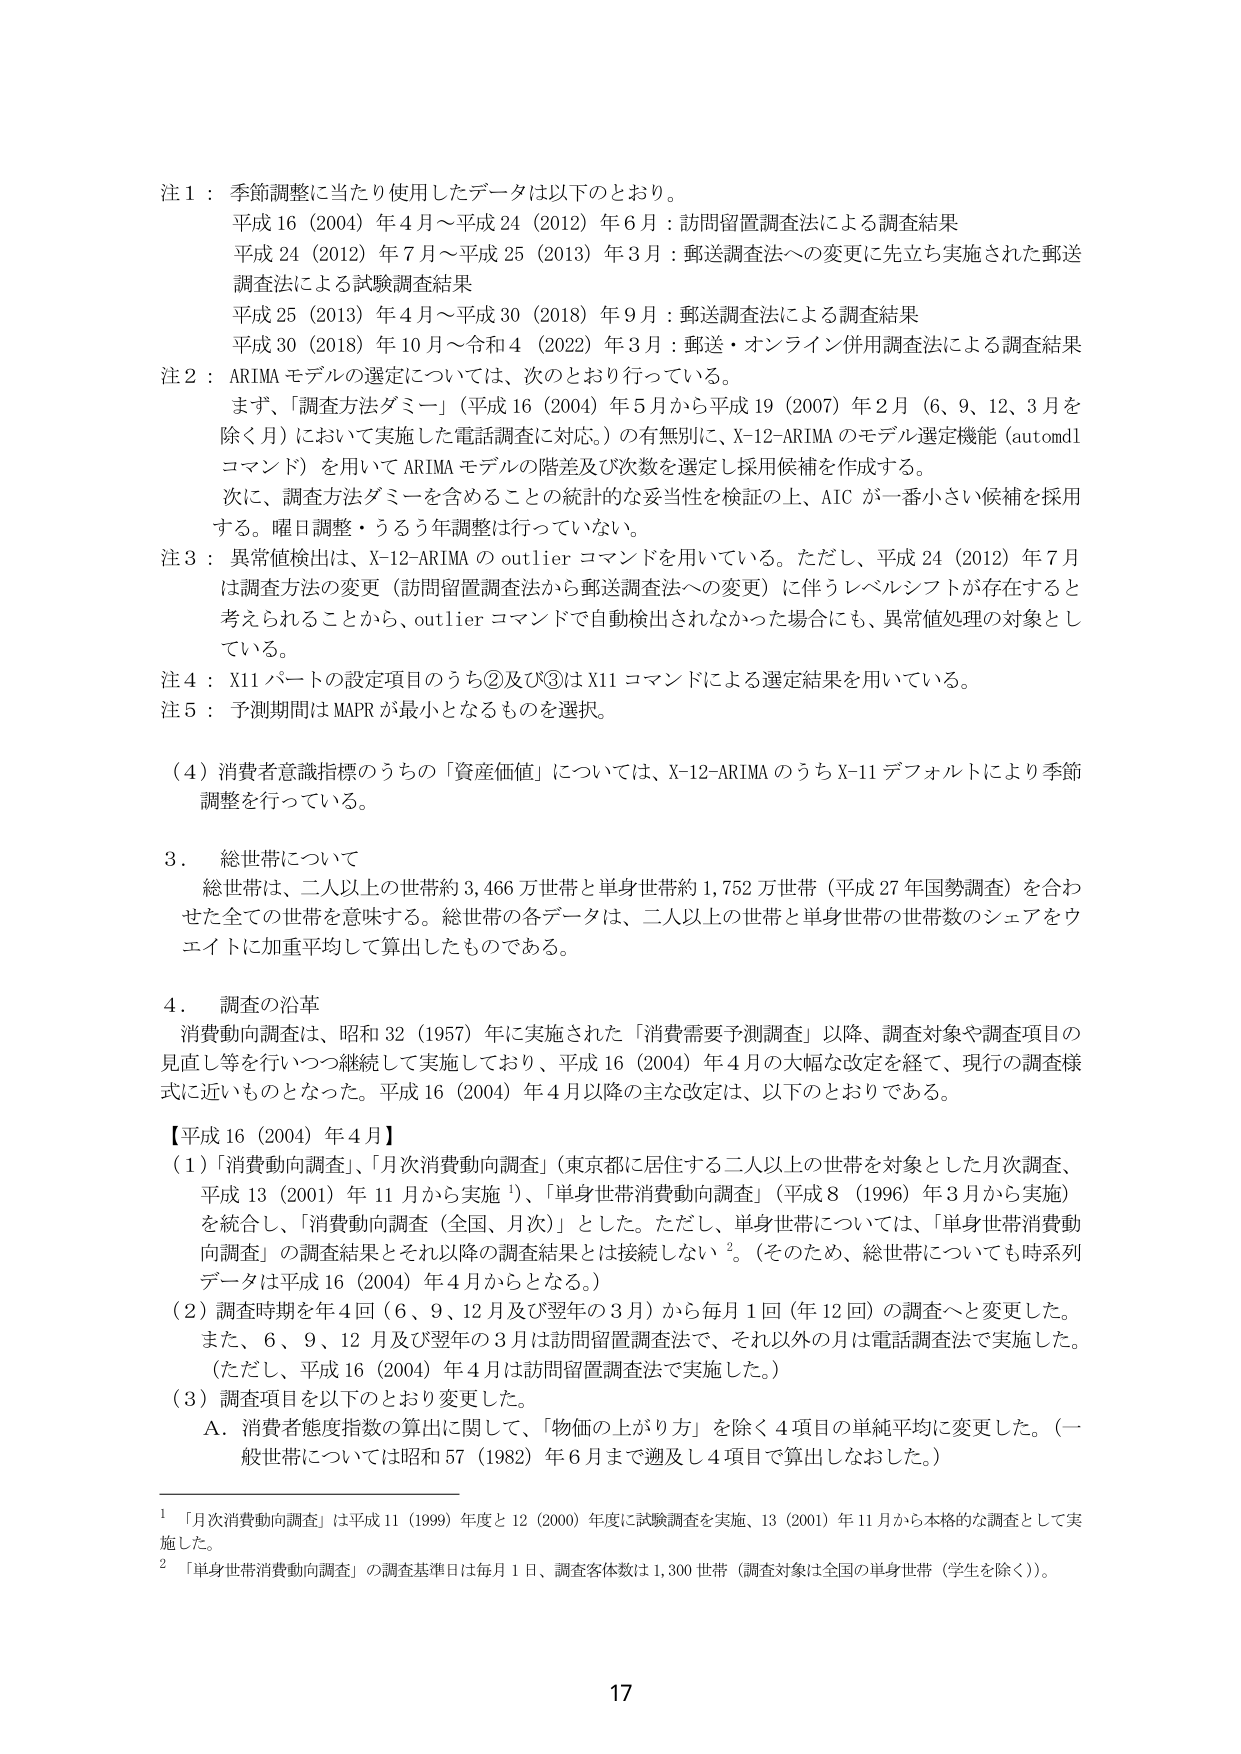
注１：季節調整に当たり使用したデータは以下のとおり。
平成16（2004）年4月～平成24（2012）年6月：訪問留置調査法による調査結果
平成24（2012）年7月～平成25（2013）年3月：郵送調査法への変更に先立ち実施された郵送調査法による試験調査結果
平成25（2013）年4月～平成30（2018）年9月：郵送調査法による調査結果
平成30（2018）年10月～令和4（2022）年3月：郵送・オンライン併用調査法による調査結果

注２：ARIMAモデルの選定については、次のとおり行っている。
まず、「調査方法ダミー」（平成16（2004）年5月から平成19（2007）年2月（6、9、12、3月を除く月）において実施した電話調査に対応。）の有無別に、X-12-ARIMAのモデル選定機能（automdlコマンド）を用いてARIMAモデルの階差及び次数を選定し採用候補を作成する。
次に、調査方法ダミーを含めることの統計的な妥当性を検証の上、AICが一番小さい候補を採用する。曜日調整・うるう年調整は行っていない。

注３：異常値検出は、X-12-ARIMAのoutlierコマンドを用いている。ただし、平成24（2012）年7月は調査方法の変更（訪問留置調査法から郵送調査法への変更）に伴うレベルシフトが存在すると考えられることから、outlierコマンドで自動検出されなかった場合にも、異常値処理の対象としている。

注４：X11パートの設定項目のうち②及び③はX11コマンドによる選定結果を用いている。

注５：予測期間はMAPRが最小となるものを選択。

（4）消費者意識指標のうちの「資産価値」については、X-12-ARIMAのうちX-11デフォルトにより季節調整を行っている。

3．総世帯について
総世帯は、二人以上の世帯約3,466万世帯と単身世帯約1,752万世帯（平成27年国勢調査）を合わせた全ての世帯を意味する。総世帯の各データは、二人以上の世帯と単身世帯の世帯数のシェアをウエイトに加重平均して算出したものである。

4．調査の沿革
消費動向調査は、昭和32（1957）年に実施された「消費需要予測調査」以降、調査対象や調査項目の見直し等を行いつつ継続して実施しており、平成16（2004）年4月の大幅な改定を経て、現行の調査様式に近いものとなった。平成16（2004）年4月以降の主な改定は、以下のとおりである。

【平成16（2004）年4月】
（1）「消費動向調査」、「月次消費動向調査」（東京都に居住する二人以上の世帯を対象とした月次調査、平成13（2001）年11月から実施¹）、「単身世帯消費動向調査」（平成8（1996）年3月から実施）を統合し、「消費動向調査（全国、月次）」とした。ただし、単身世帯については、「単身世帯消費動向調査」の調査結果とそれ以降の調査結果とは接続しない²。（そのため、総世帯についても時系列データは平成16（2004）年4月からとなる。）

（2）調査時期を年4回（6、9、12月及び翌年の3月）から毎月1回（年12回）の調査へと変更した。また、6、9、12月及び翌年の3月は訪問留置調査法で、それ以外の月は電話調査法で実施した。（ただし、平成16（2004）年4月は訪問留置調査法で実施した。）

（3）調査項目を以下のとおり変更した。
A．消費者態度指数の算出に関して、「物価の上がり方」を除く4項目の単純平均に変更した。（一般世帯については昭和57（1982）年6月まで遡及し4項目で算出しなおした。）

¹「月次消費動向調査」は平成11（1999）年度と12（2000）年度に試験調査を実施、13（2001）年11月から本格的な調査として実施した。
²「単身世帯消費動向調査」の調査基準日は毎月1日、調査客体数は1,300世帯（調査対象は全国の単身世帯（学生を除く））。

17